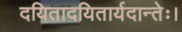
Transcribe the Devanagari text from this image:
दयितादयितार्यदान्तेः।